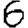
Digit: 6